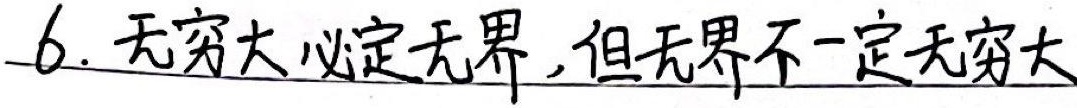
6. 无穷大必定无界，但无界不一定无穷大